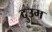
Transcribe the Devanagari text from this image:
दुउम